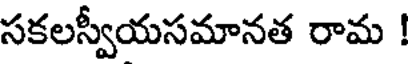
సకలస్వీయసమానత రామ !